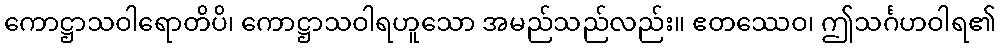
ကောဋ္ဌာသဝါရောတိပိ၊ ကောဋ္ဌာသဝါရဟူသော အမည်သည်လည်း။ ဧတဿေဝ၊ ဤသင်္ဂဟဝါရ၏